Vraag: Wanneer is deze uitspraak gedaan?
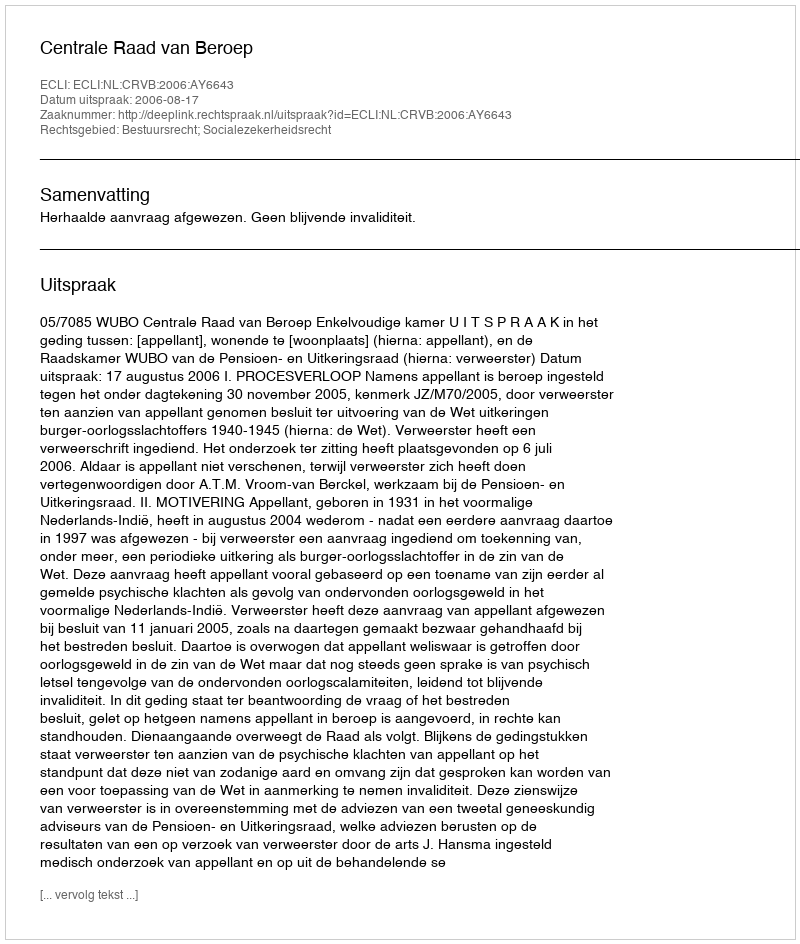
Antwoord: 2006-08-17